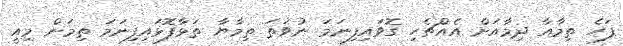
ފަހެ ތިމާއާ ދިމާއަށް އެއްޗެހި ގޮވައިފިނަމަ ނުވަތަ ތިމާޔާ ތަޅާފޮޅައިފިނަމަ ތިމަން މިއީ